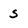
Character: S